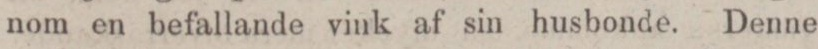
nom en befallande vink af sin husbonde. Denne